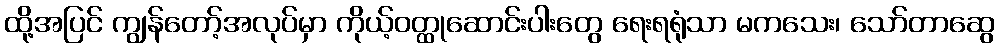
ထို့အပြင် ကျွန်တော့်အလုပ်မှာ ကိုယ့်ဝတ္ထုဆောင်းပါးတွေ ရေးရရုံသာ မကသေး၊ သော်တာဆွေ